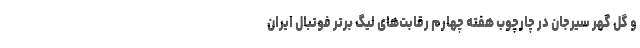
و گل گهر سیرجان در چارچوب هفته چهارم رقابت‌های لیگ برتر فوتبال ایران